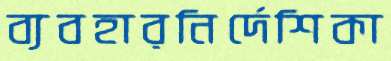
ব্যবহারনির্দেশিকা